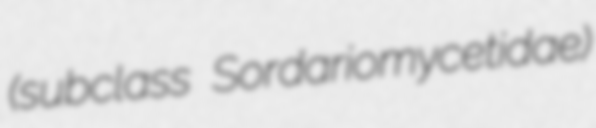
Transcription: (subclass Sordariomycetidae)